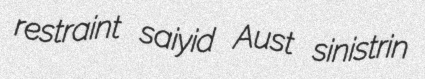
restraint saiyid Aust sinistrin